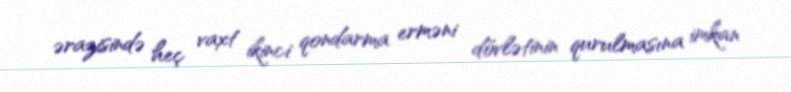
ərazisində heç vaxt ikinci qondarma erməni dövlətinin qurulmasına imkan